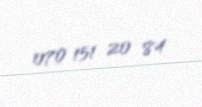
070 151 20 84